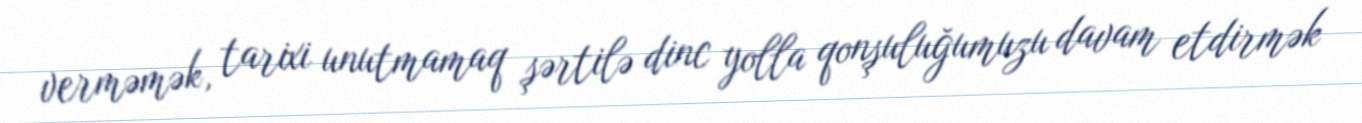
verməmək, tarixi unutmamaq şərtilə dinc yolla qonşuluğumuzu davam etdirmək